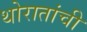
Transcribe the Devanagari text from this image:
थोरातांची